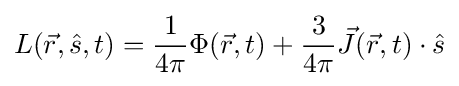
L({\vec {r}},{\hat {s}},t)={\frac {1}{4\pi }}\Phi ({\vec {r}},t)+{\frac {3}{4\pi }}{\vec {J}}({\vec {r}},t)\cdot {\hat {s}}